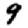
Digit: 9